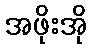
အဖိုးအို